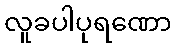
လူခပါပုရဏော